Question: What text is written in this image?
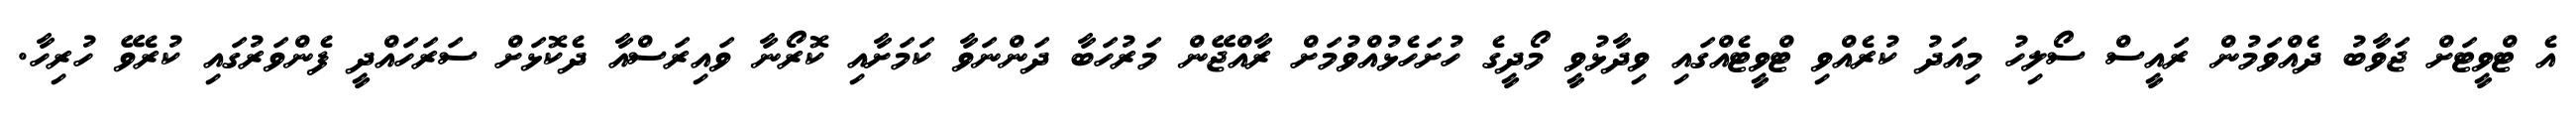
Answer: އެ ޓްވީޓަށް ޖަވާބު ދެއްވަމުން ރައީސް ސޯލިހު މިއަދު ކުރެއްވި ޓްވީޓެއްގައި ވިދާޅުވީ މޯދީގެ ހުށަހެޅުއްވުމަށް ރާއްޖޭން މަރުހަބާ ދަންނަވާ ކަމަށާއި ކޮރޯނާ ވައިރަސްއާ ދެކޮޅަށް ސަރަހައްދީ ފެންވަރުގައި ކުރެވޭ ހުރިހާ.